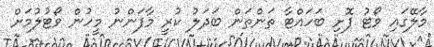
މާލޭގައި ވޯޓު ފޮށި ބަހައްޓާ ތަންތަން ބަދަލު ކުރީ މާފަންނު މީހުން ވޯޓުލުމަށް